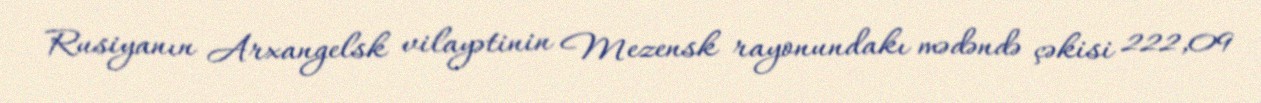
Rusiyanın Arxangelsk vilayətinin Mezensk rayonundakı mədəndə çəkisi 222,09